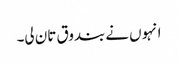
انہوں نے بندوق تان لی۔